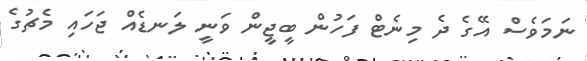
ނަމަވެސް އޭގެ ދެ މިނެޓް ފަހުން ބީޖީން ވަނީ ލަނޑެއް ޖަހައި މެޗުގެ